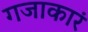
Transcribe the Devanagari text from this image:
गजाकारं